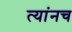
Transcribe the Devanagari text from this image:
त्यांनच